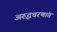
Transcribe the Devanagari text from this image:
अरुद्धचरणांत